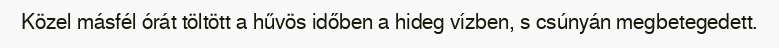
Közel másfél órát töltött a hűvös időben a hideg vízben, s csúnyán megbetegedett.